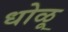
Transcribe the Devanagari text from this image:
धोळू